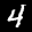
Label: 4